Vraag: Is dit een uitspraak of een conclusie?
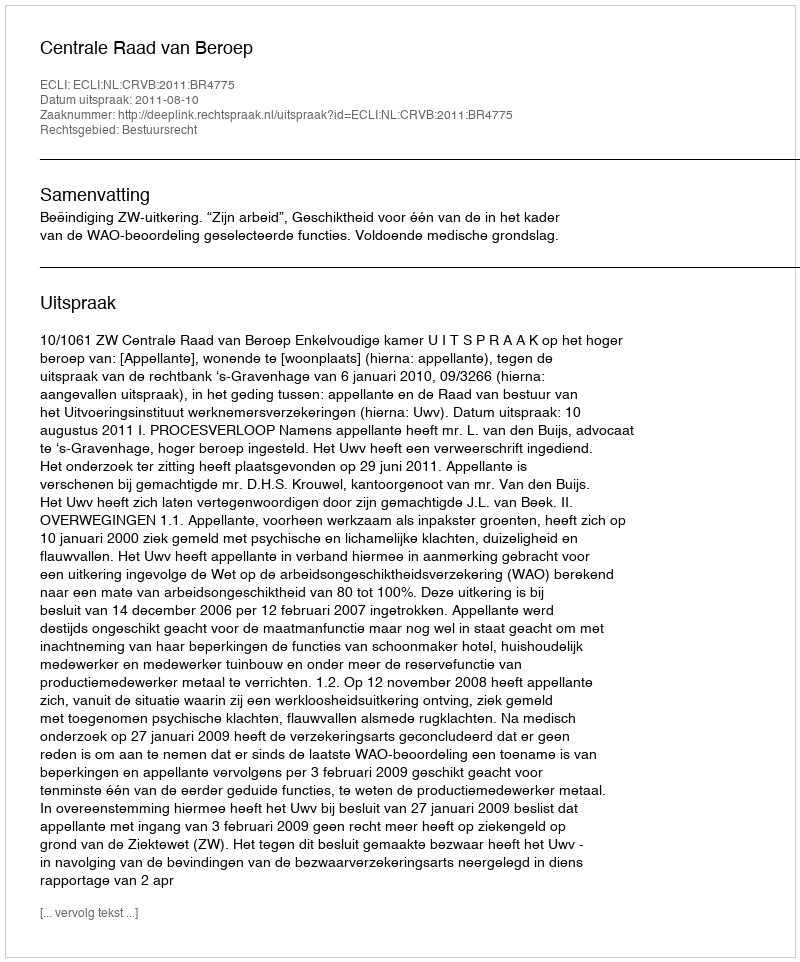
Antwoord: Uitspraak